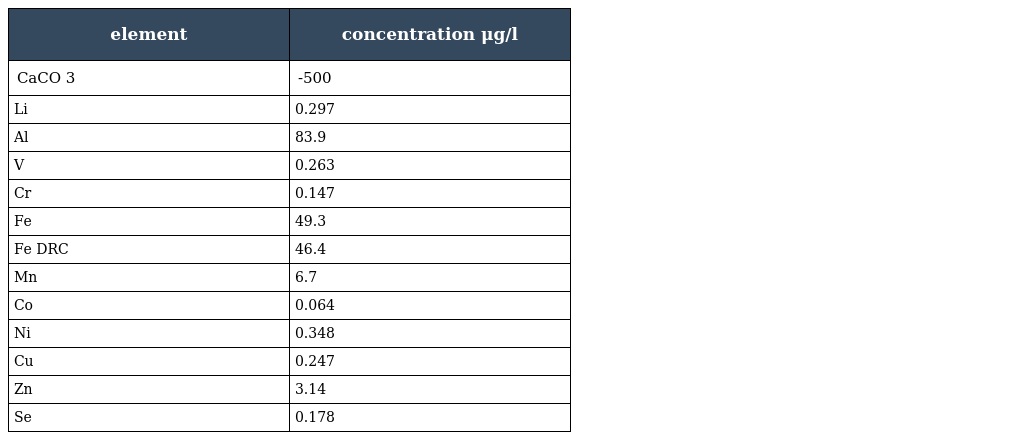
| element | concentration μg/l |
 | --- | --- |
 | CaCO 3 | -500 |
 | Li | 0.297 |
 | Al | 83.9 |
 | V | 0.263 |
 | Cr | 0.147 |
 | Fe | 49.3 |
 | Fe DRC | 46.4 |
 | Mn | 6.7 |
 | Co | 0.064 |
 | Ni | 0.348 |
 | Cu | 0.247 |
 | Zn | 3.14 |
 | Se | 0.178 |